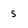
Character: s